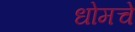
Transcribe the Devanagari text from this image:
धोमचे